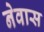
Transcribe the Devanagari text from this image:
नेवास